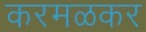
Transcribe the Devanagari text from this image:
करमळकर